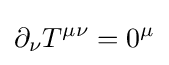
\partial _{\nu }T^{\mu \nu }=0^{\mu }